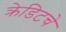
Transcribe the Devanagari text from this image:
क्रेडिटचे